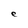
Character: e